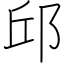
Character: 邱